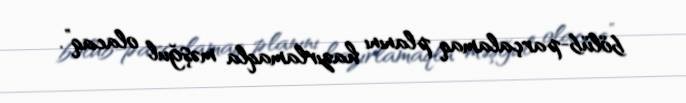
bölüb-parçalamaq planını hazırlamaqla məşğul olacaq”.